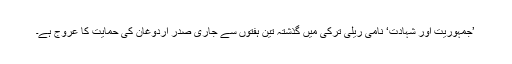
’جمہوریت اور شہادت‘ نامی ریلی ترکی میں گذشتہ تین ہفتوں سے جاری صدر اردوغان کی حمایت کا عروج ہے۔